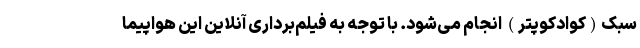
سبک(کوادکوپتر) انجام می‌شود. با توجه به فیلم‌برداری آنلاین این هواپیما